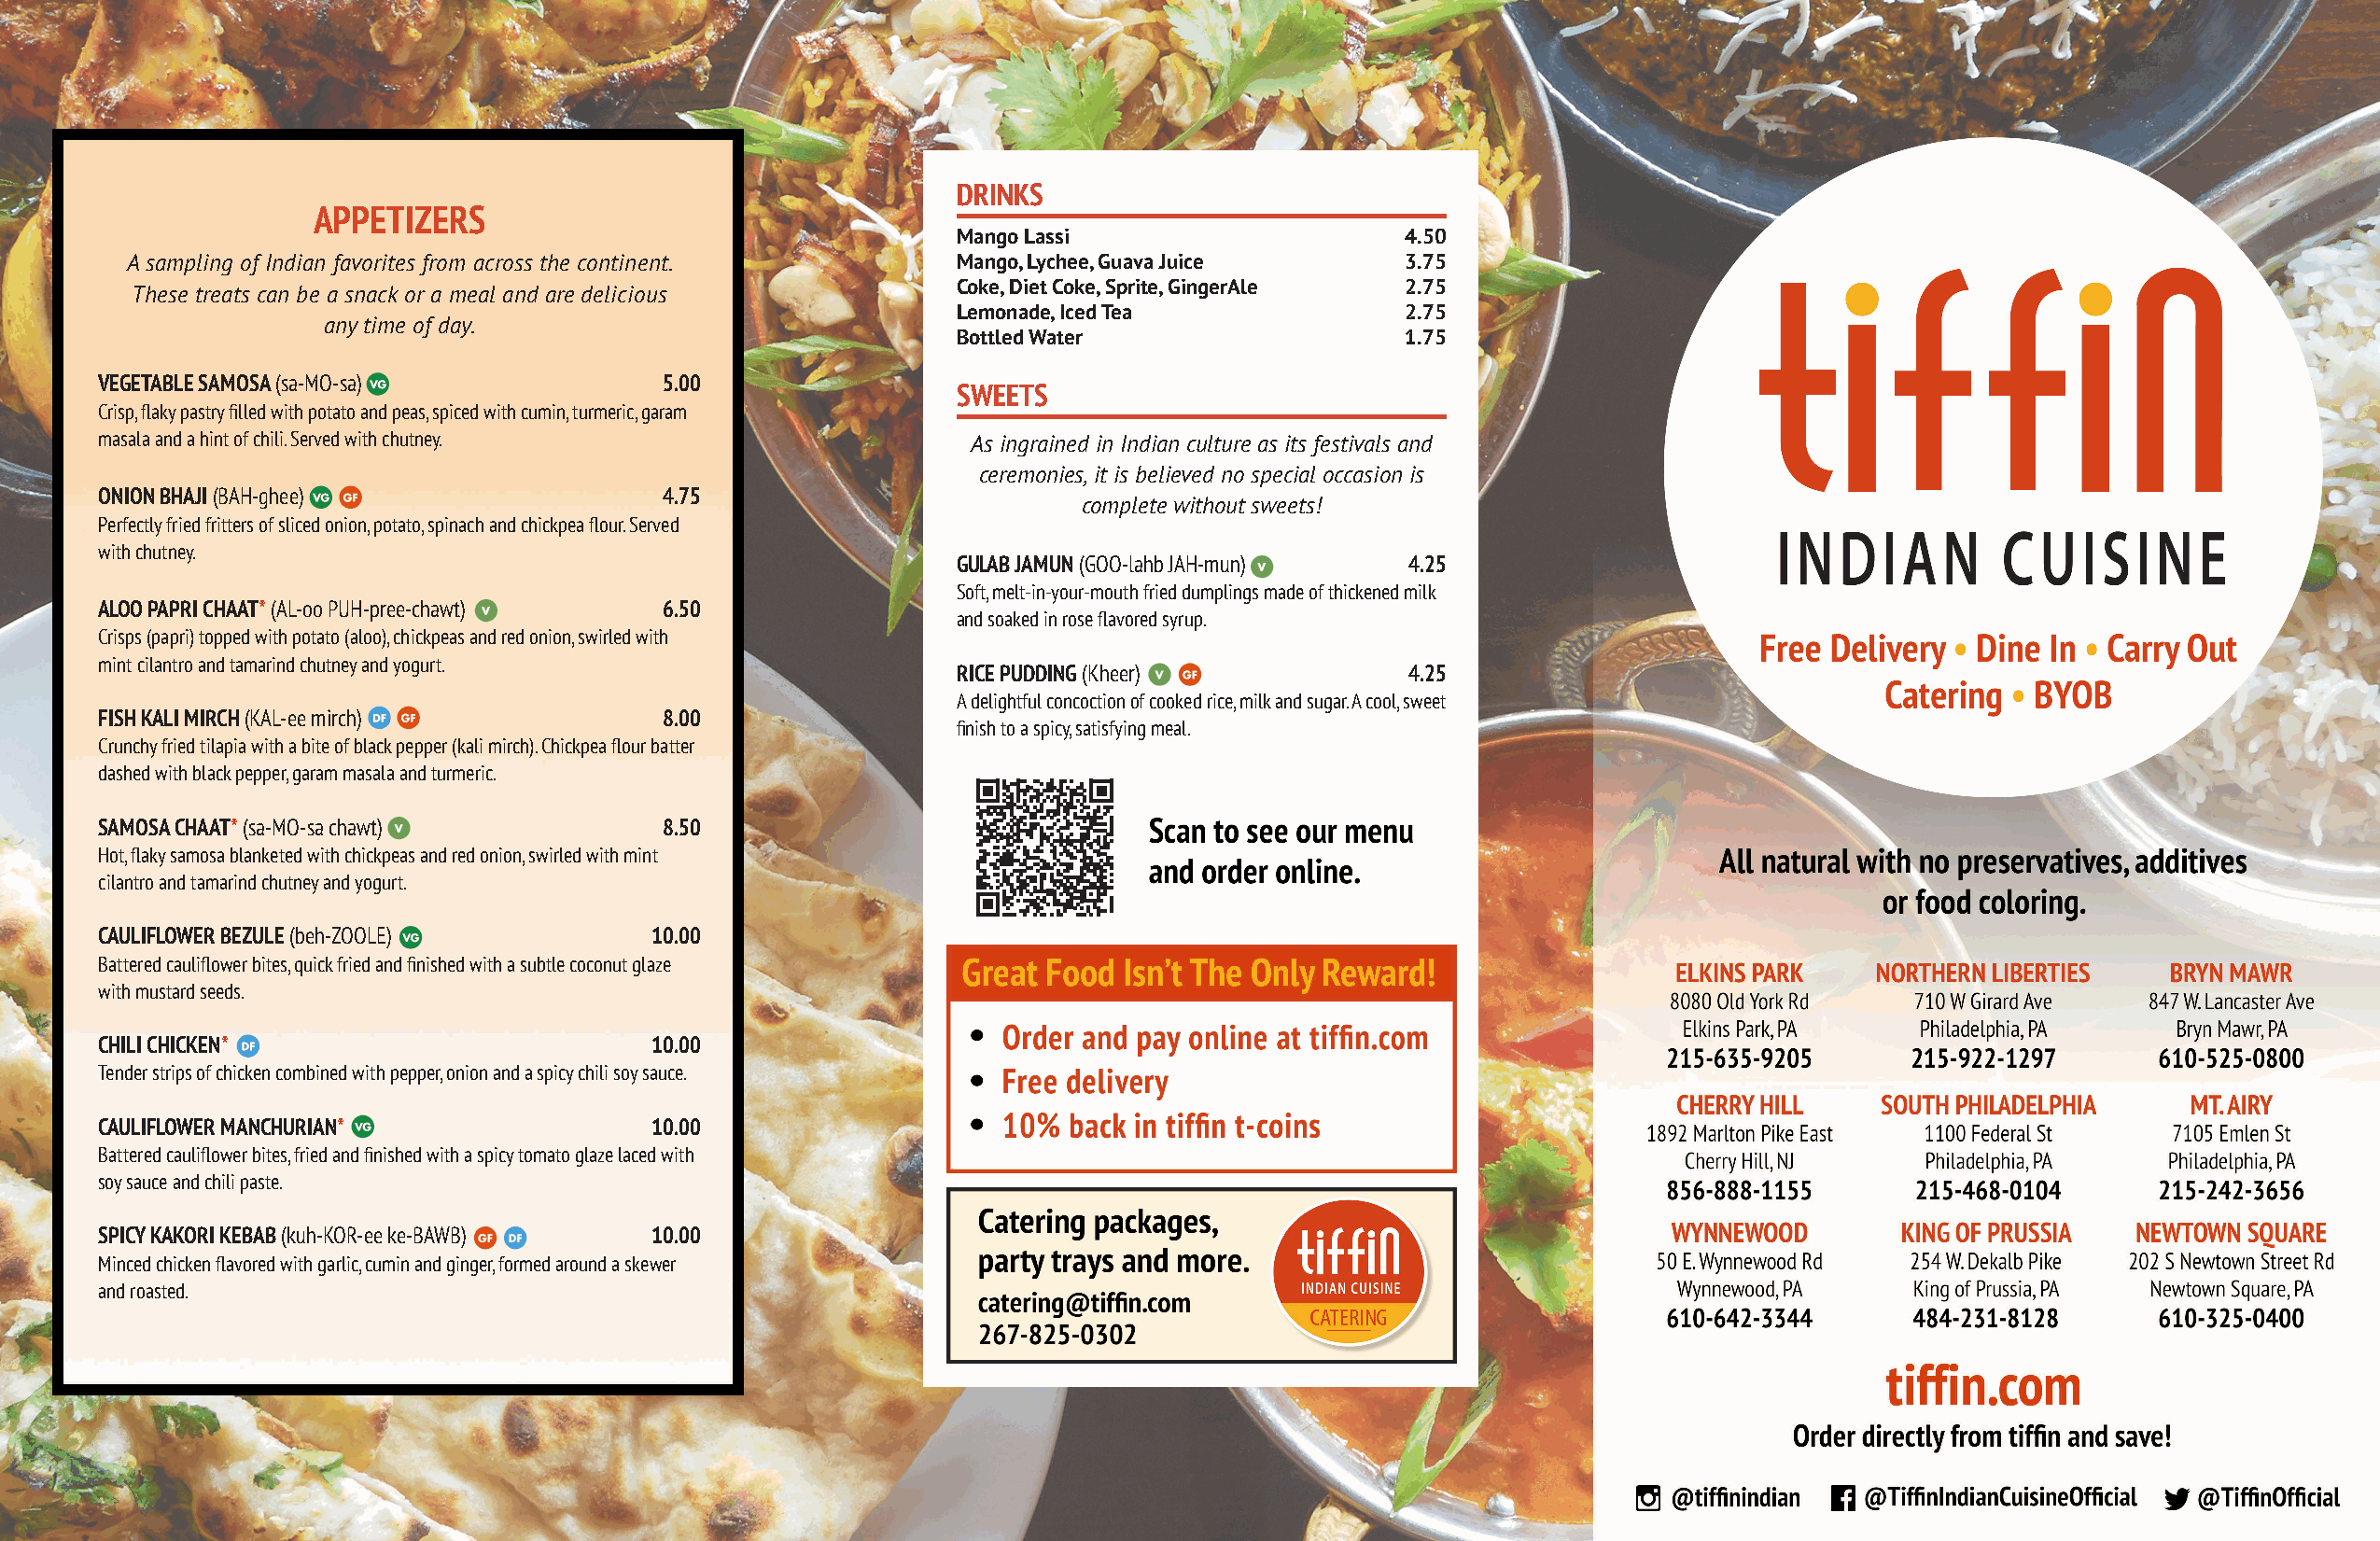
DRINKS
 APPETIZERS
 Mango Lassi                     4.50
 A sampling of Indian favorites from across the continent.  Mango, Lychee, Guava Juice      3.75
 Coke, Diet Coke, Sprite, GingerAle 2.75
 These treats can be a snack or a meal and are delicious
 Lemonade, Iced Tea              2.75
 any time of day.
 Bottled Water                   1.75
 VEGETABLE SAMOSA (sa-MO-sa)             5.00
 SWEETS
 Crisp, flaky pastry filled with potato and peas, spiced with cumin, turmeric, garam
 masala and a hint of chili. Served with chutney.              As ingrained in Indian culture as its festivals and
 ceremonies, it is believed no special occasion is
 ONION BHAJI (BAH-ghee)                  4.75
 complete without sweets!
 Perfectly fried fritters of sliced onion, potato, spinach and chickpea flour. Served
 with chutney.
 GULAB JAMUN (GOO-lahb JAH-mun)  4.25
 Soft, melt-in-your-mouth fried dumplings made of thickened milk
 ALOO PAPRI CHAAT* (AL-oo PUH-pree-chawt) 6.50
 and soaked in rose flavored syrup.
 Crisps (papri) topped with potato (aloo), chickpeas and red onion, swirled with
 mint cilantro and tamarind chutney and yogurt.
 RICE PUDDING (Kheer)            4.25
 A delightful concoction of cooked rice, milk and sugar. A cool, sweet
 FISH KALI MIRCH (KAL-ee mirch)          8.00
 finish to a spicy, satisfying meal.
 Crunchy fried tilapia with a bite of black pepper (kali mirch). Chickpea flour batter
 dashed with black pepper, garam masala and turmeric.
 SAMOSA CHAAT* (sa-MO-sa chawt)          8.50
 Hot, flaky samosa blanketed with chickpeas and red onion, swirled with mint
 cilantro and tamarind chutney and yogurt.
 CAULIFLOWER BEZULE (beh-ZOOLE)         10.00
 Battered cauliflower bites, quick fried and finished with a subtle coconut glaze
 with mustard seeds.
 CHILI CHICKEN*                         10.00
 Tender strips of chicken combined with pepper, onion and a spicy chili soy sauce.
 CAULIFLOWER MANCHURIAN*                10.00
 Battered cauliflower bites, fried and finished with a spicy tomato glaze laced with
 soy sauce and chili paste.
 SPICY KAKORI KEBAB (kuh-KOR-ee ke-BAWB) 10.00
 Minced chicken flavored with garlic, cumin and ginger, formed around a skewer
 and roasted.